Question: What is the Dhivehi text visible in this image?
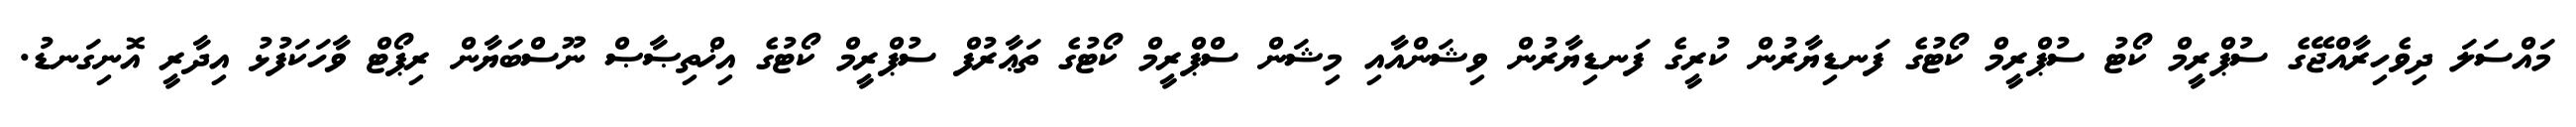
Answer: މައްސަލަ ދިވެހިރާއްޖޭގެ ސުޕްރީމް ކޯޓު ސުޕްރީމް ކޯޓުގެ ފަނޑިޔާރުން ކުރީގެ ފަނޑިޔާރުން ވިޝަންއާއި މިޝަން ސްޕްރީމް ކޯޓުގެ ތަޢާރުފް ސުޕްރީމް ކޯޓުގެ އިޚްތިޞާޞް ނޫސްބަޔާން ރިޕޯޓް ވާހަކަފުޅު އިދާރީ އޮނިގަނޑު.